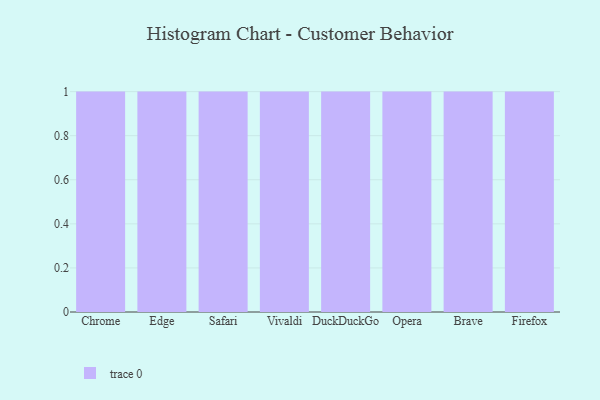
{"axis": {"x": "Browser", "y": "Conversion Rate (%)"}, "legend": [""], "data": [{"x": "Chrome", "y": 97, "type": ""}, {"x": "Edge", "y": 48, "type": ""}, {"x": "Safari", "y": 69, "type": ""}, {"x": "Vivaldi", "y": 17, "type": ""}, {"x": "DuckDuckGo", "y": 29, "type": ""}, {"x": "Opera", "y": 64, "type": ""}, {"x": "Brave", "y": 96, "type": ""}, {"x": "Firefox", "y": 3, "type": ""}]}